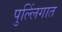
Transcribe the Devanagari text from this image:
पुल्लिंगात